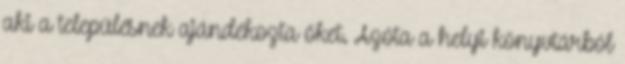
aki a településnek ajándékozta őket. Azóta a helyi könyvtárból